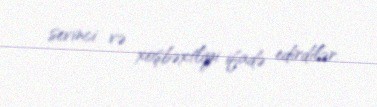
sevinci və xoşbəxtliyi ifadə edirdilər.